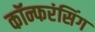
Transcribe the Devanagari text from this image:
कॉन्फरंसिंग